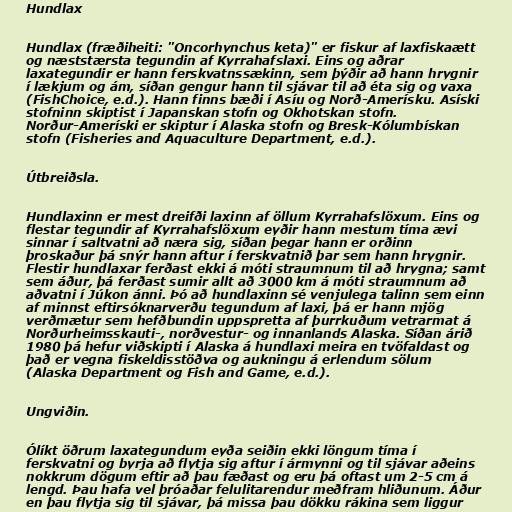
Hundlax

Hundlax (fræðiheiti: "Oncorhynchus keta)" er fiskur af laxfiskaætt
og næststærsta tegundin af Kyrrahafslaxi. Eins og aðrar
laxategundir er hann ferskvatnssækinn, sem þýðir að hann hrygnir
í lækjum og ám, síðan gengur hann til sjávar til að éta sig og vaxa
(FishChoice, e.d.). Hann finns bæði í Asíu og Norð-Amerísku. Asíski
stofninn skiptist í Japanskan stofn og Okhotskan stofn.
Norður-Ameríski er skiptur í Alaska stofn og Bresk-Kólumbískan
stofn (Fisheries and Aquaculture Department, e.d.).

Útbreiðsla.

Hundlaxinn er mest dreifði laxinn af öllum Kyrrahafslöxum. Eins og
flestar tegundir af Kyrrahafslöxum eyðir hann mestum tíma ævi
sinnar í saltvatni að næra sig, síðan þegar hann er orðinn
þroskaður þá snýr hann aftur í ferskvatnið þar sem hann hrygnir.
Flestir hundlaxar ferðast ekki á móti straumnum til að hrygna; samt
sem áður, þá ferðast sumir allt að 3000 km á móti straumnum að
aðvatni í Júkon ánni. Þó að hundlaxinn sé venjulega talinn sem einn
af minnst eftirsóknarverðu tegundum af laxi, þá er hann mjög
verðmætur sem hefðbundin uppspretta af þurrkuðum vetrarmat á
Norðurheimsskauti-, norðvestur- og innanlands Alaska. Síðan árið
1980 þá hefur viðskipti í Alaska á hundlaxi meira en tvöfaldast og
það er vegna fiskeldisstöðva og aukningu á erlendum sölum
(Alaska Department og Fish and Game, e.d.).

Ungviðin.

Ólíkt öðrum laxategundum eyða seiðin ekki löngum tíma í
ferskvatni og byrja að flytja sig aftur í ármynni og til sjávar aðeins
nokkrum dögum eftir að þau fæðast og eru þá oftast um 2-5 cm á
lengd. Þau hafa vel þróaðar felulitarendur meðfram hliðunum. Áður
en þau flytja sig til sjávar, þá missa þau dökku rákina sem liggur